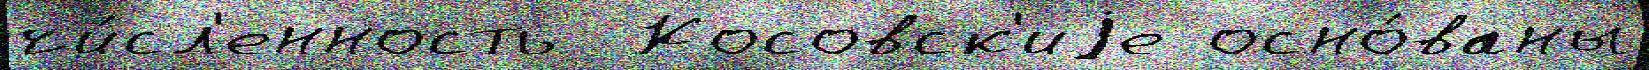
чи́сл'енность  Косовск'иjе осно́ваны